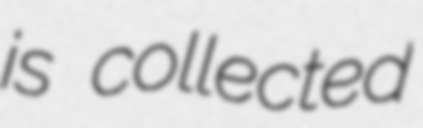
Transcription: is collected